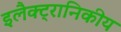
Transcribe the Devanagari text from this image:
इलैक्ट्रानिकीय